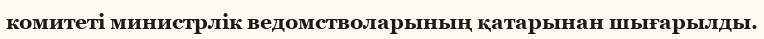
комитеті министрлік ведомстволарының қатарынан шығарылды.